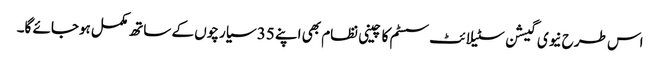
اس طرح نیوی گیشن سٹیلائٹ سسٹم کا چینی نظام بھی اپنے 35 سیارچوں کے ساتھ مکمل ہوجائے گا۔